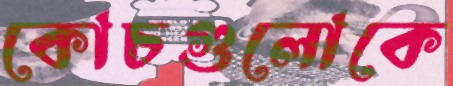
কোচগুলোকে